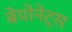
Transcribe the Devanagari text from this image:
बेयोनेट्स